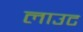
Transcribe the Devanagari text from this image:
लाउट